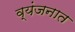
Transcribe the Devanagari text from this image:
व्यंजनात